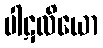
ပါဋလိယော